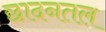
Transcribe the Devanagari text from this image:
छादनतल